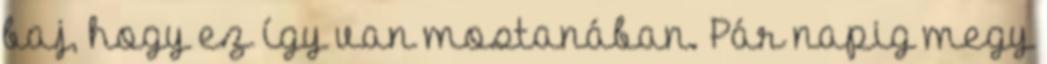
baj, hogy ez így van mostanában. Pár napig megy